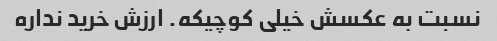
نسبت به عکسش خیلی کوچیکه. ارزش خرید نداره